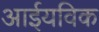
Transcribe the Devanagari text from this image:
आईयविक